Annual report of the Imperial Bacteriological Laboratory, Muktesar
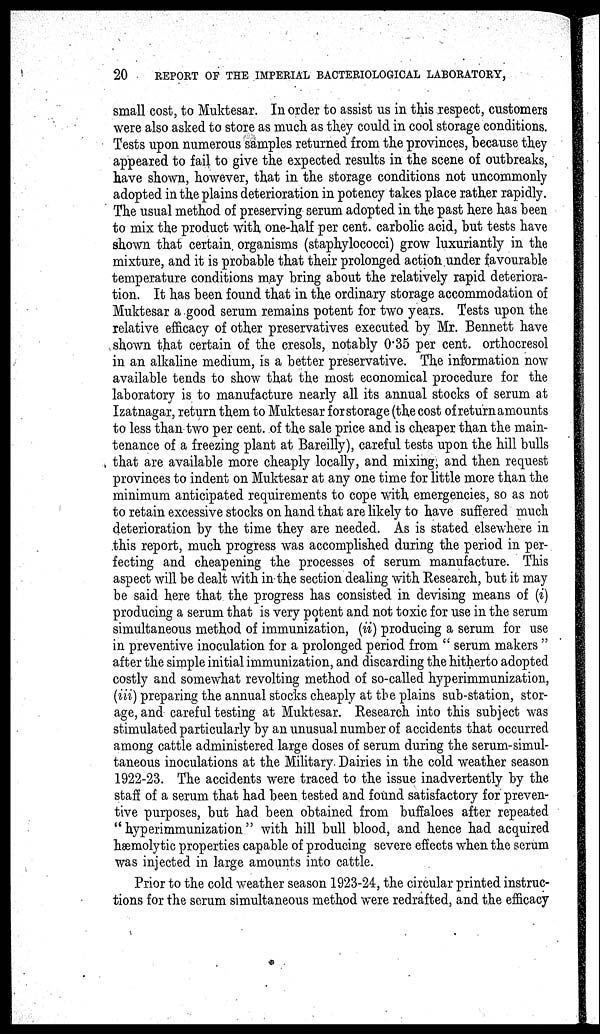
20
REPORT OF THE IMPERIAL BACTERIOLOGICAL LABORATORY,
small cost, to Muktesar. In order to assist us in this respect, customers
were also asked to store as much as they could in cool storage conditions.
Tests upon numerous samples returned from the provinces, because they
appeared to fail to give the expected results in the scene of outbreaks,
have shown, however, that in the storage conditions not uncommonly
adopted in the plains deterioration in potency takes place rather rapidly.
The usual method of preserving serum adopted in the past here has been
to mix the product with one-half per cent. carbolic acid, but tests have
shown that certain, organisms (staphylococci) grow luxuriantly in the
mixture, and it is probable that their prolonged action under favourable
temperature conditions may bring about the relatively rapid deteriora-
tion. It has been found that in the ordinary storage accommodation of
Muktesar a good serum remains potent for two years. Tests upon the
relative efficacy of other preservatives executed by Mr. Bennett have
shown that certain of the cresols, notably 0.35 per cent. orthocresol
in an alkaline medium, is a better preservative. The information now
available tends to show that the most economical procedure for the
laboratory is to manufacture nearly all its annual stocks of serum at
Izatnagar, return them to Muktesar for storage (the cost of return amounts
to less than two per cent. of the sale price and is cheaper than the main-
tenance of a freezing plant at Bareilly), careful tests upon the hill bulls
that are available more cheaply locally, and mixing, and then request
provinces to indent on Muktesar at any one time for little more than the
minimum anticipated requirements to cope with emergencies, so as not
to retain excessive stocks on hand that are likely to have suffered much
deterioration by the time they are needed. As is stated elsewhere in
this report, much progress was accomplished during the period in per-
fecting and cheapening the processes of serum manufacture. This
aspect will be dealt with in the section dealing with Research, but it may
be said here that the progress has consisted in devising means of (i)
producing a serum that is very potent and not toxic for use in the serum
simultaneous method of immunization, (ii) producing a serum for use
in preventive inoculation for a prolonged period from " serum makers "
after the simple initial immunization, and discarding the hitherto adopted
costly and somewhat revolting method of so-called hyperimmunization,
(iii) preparing the annual stocks cheaply at the plains sub-station, stor-
age, and careful testing at Muktesar. Research into this subject was
stimulated particularly by an unusual number of accidents that occurred
among cattle administered large doses of serum during the serum-simul-
taneous inoculations at the Military Dairies in the cold weather season
1922-23. The accidents were traced to the issue inadvertently by the
staff of a serum that had been tested and found satisfactory for preven-
tive purposes, but had been obtained from buffaloes after repeated
"hyperimmunization" with hill bull blood, and hence had acquired
hæmolytic properties capable of producing severe effects when the serum
was injected in large amounts into cattle.
Prior to the cold weather season 1923-24, the circular printed instruc-
tions for the serum simultaneous method were redrafted, and the efficacy